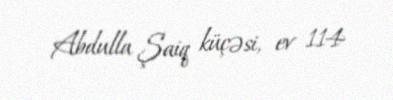
Abdulla Şaiq küçəsi, ev 114